Civil Veterinary Department. Madras. Admin. report 1910-25 - 1910-1925
Year: 1910
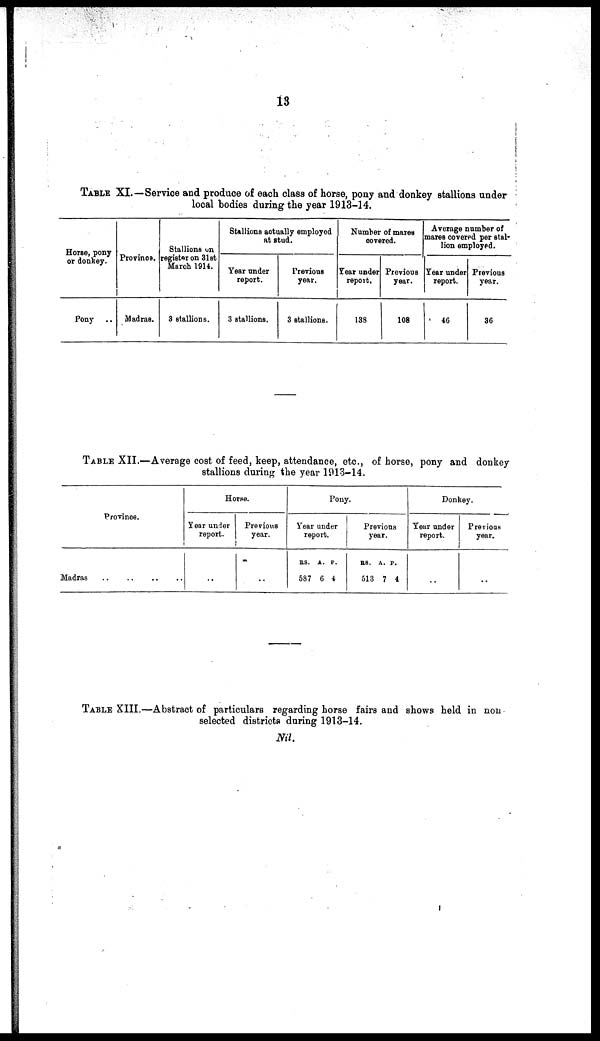
13
TABLE XI.—Service and produce of each class of horse, pony and donkey stallions under
local bodies during the year 1913-14.
Horse, pony
or donkey.
Pony
..
Province.
Madras.
Stallions on
register on 31st
March 1914.
3 stallions.
Stallions actually employed
at stud.
Year under
report.
3 stallions.
Previous
year.
3 stallions.
Number of mares
covered.
Year under
report.
138
Previous
year.
108
Average number of
mares covered per stal-
lion employed.
Year under
report.
46
Previous
year.
36
TABLE XII.—Average cost of feed, keep, attendance, etc., of horse, pony and donkey
stallions during the year 1913-14.
Province.
Madras
..
..
..
..
Horse.
Year under
report.
..
Previous
year.
..
Pony.
Year under
report.
RS.
587
A.
6
P.
4
Previous
year.
RS.
513
A.
7
P.
4
Donkey.
Year under
report.
..
Previous
year.
..
TABLE XIII.—Abstract of particulars regarding horse fairs and shows held in non
selected districts during 1913-14.
Nil.